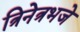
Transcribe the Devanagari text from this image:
त्रिनेत्रभजे